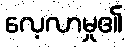
လေ့လာမှု၏